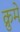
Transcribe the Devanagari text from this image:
क्रुमे